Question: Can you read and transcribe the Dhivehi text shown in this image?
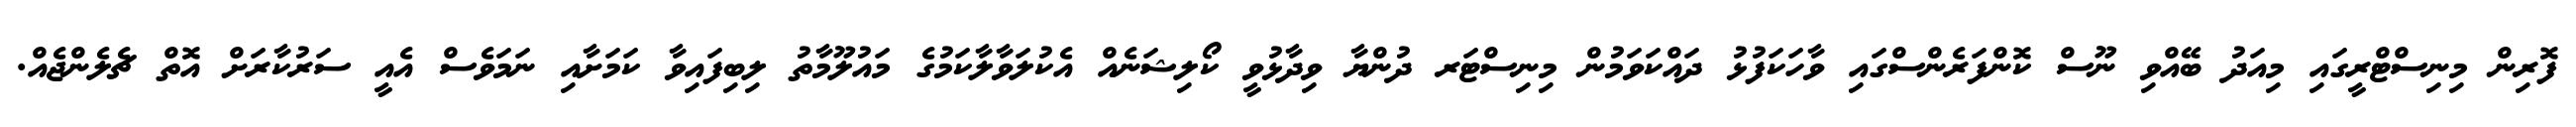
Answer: ފޮރިން މިނިސްޓްރީގައި މިއަދު ބޭއްވި ނޫސް ކޮންފަރެންސްގައި ވާހަކަފުޅު ދައްކަވަމުން މިނިސްޓަރ ދުންޔާ ވިދާޅުވީ ކޯލިޝަނެއް އެކުލަވާލާކަމުގެ މައުލޫމާތު ލިބިފައިވާ ކަމަށާއި ނަމަވެސް އެއީ ސަރުކާރަށް އޮތް ޗެލެންޖެއް.